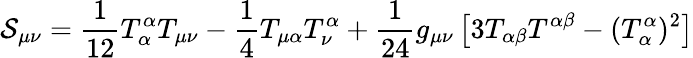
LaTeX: \mathcal{S}_{\mu\nu}=\frac{{1}}{{12}}T_{\alpha}^{\alpha}T_{\mu\nu}-\frac{{1}}{{4}}T_{\mu\alpha}T_{\nu}^{\alpha}+\frac{{1}}{{24}}g_{\mu\nu}\left[3T_{\alpha\beta}T^{\alpha\beta}-(T_{\alpha}^{\alpha})^{2}\right]